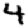
Digit: 4